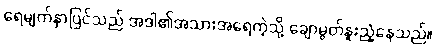
ရေမျက်နှာပြင်သည် အဒါ၏အသားအရေကဲ့သို့ ချောမွတ်နူးညံ့နေသည်။